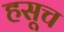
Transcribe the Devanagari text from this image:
हसूच